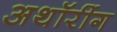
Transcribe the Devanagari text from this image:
अथॉरींग